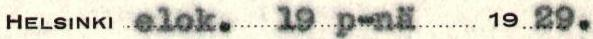
HELSINKI elok.  19 p-nä  19 29.